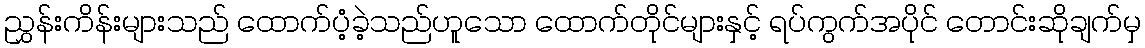
ညွှန်းကိန်းများသည် ထောက်ပံ့ခဲ့သည်ဟူသော ထောက်တိုင်များနှင့် ရပ်ကွက်အပိုင် တောင်းဆိုချက်မှ